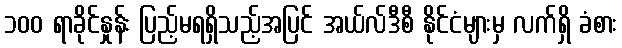
၁၀၀ ရာခိုင်နှုန်း ပြည့်မရရှိသည့်အပြင် အယ်လ်ဒီစီ နိုင်ငံများမှ လက်ရှိ ခံစား